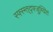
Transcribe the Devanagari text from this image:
स्फ्स्ग्त्द्फ्जुग्यित